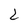
Character: 2